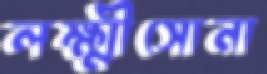
লক্ষ্মীসোনা